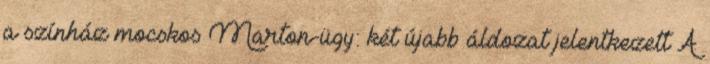
a színház mocskos Marton-ügy: két újabb áldozat jelentkezett A